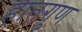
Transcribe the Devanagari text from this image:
हातगुण